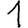
Digit: 1